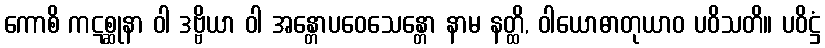
ကောစိ ကဋစ္ဆုနာ ဝါ ဒဗ္ဗိယာ ဝါ အန္တောပဝေသေန္တော နာမ နတ္ထိ, ဝါယောဓာတုယာဝ ပဝိသတိ။ ပဝိဋ္ဌံ